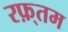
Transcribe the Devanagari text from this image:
रफ़्तम